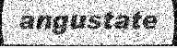
angustate